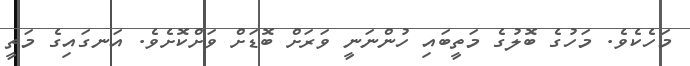
މަހެކެވެ. މަހުގެ ބޮލުގެ މަތީބައި ހުންނަނީ ވަރަށް ބޮޑަށް ވަށްކޮށެވެ. އަނގައިގެ މަތީ